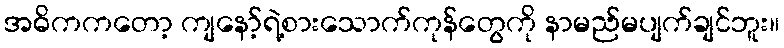
အဓိကကတော့ ကျနော့်ရဲ့စားသောက်ကုန်တွေကို နာမည်မပျက်ချင်ဘူး။